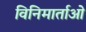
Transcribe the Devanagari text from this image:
विनिमार्ताओं